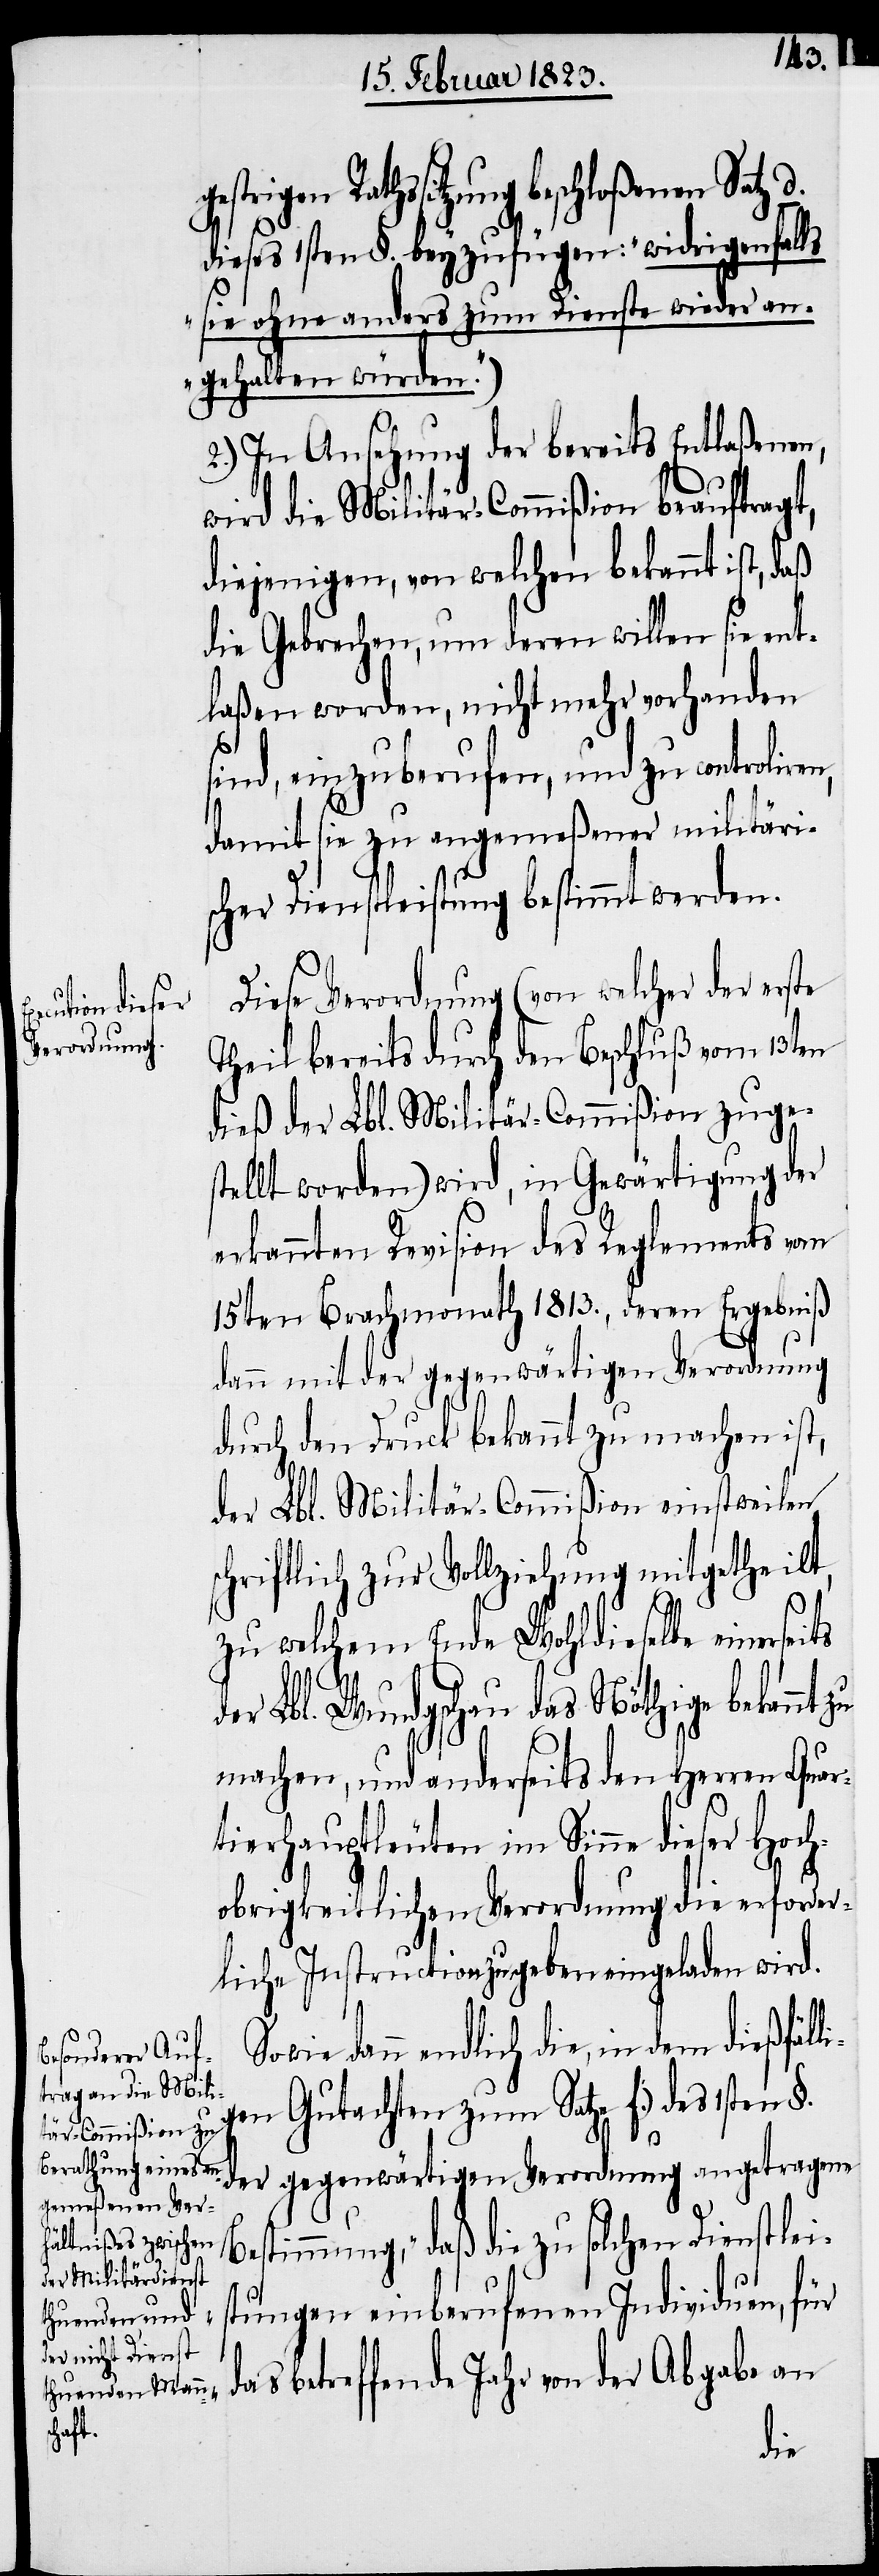
ssitzung beschloßenen Satz
dieses 1sten §. beyzufügen: „widrigenfalls
sie ohne anders zum Dienste wieder an¬
gehalten würden.“)
2.) In Ansehung der bereits Entlaßenen,
wird die Militär-Commißion beauftragt,
diejenigen, von welchen bekannt ist, daß
die Gebrechen, um deren willen sie ent¬
laßen worden, nicht mehr vorhanden
sind, einzuberufen, und zu controliren,
damit sie zu angemeßener militäri¬
scher Dienstleistung bestimmt werden.
Diese Verordnung (von welcher der erste
Theil bereits durch den Beschluß vom 13ten
dieß der Lbl. Militär-Commißion zuges¬
tellt worden) wird, in Gewärtigung der
erkannten Revision des Reglements vom
15ten Brachmonath 1813., deren Ergebniß
dann mit der gegenwärtigen Verordnung
durch den Druck bekannt zu machen ist,
der Lbl. Militär-Commißion einstweilen
schriftlich zur Vollziehung mitgetheilt,
d¬
zu welchem Ende Wohldieselbe einerseits
der Lbl. Wundgschau das Nöthige bekannt zu
machen, und anderseits den Herren Quar¬
tierhauptleuten im Sinne dieser Hoch¬
obrigkeitlichen Verordnung die erforder¬
liche Instruction zu geben eingeladen wird.
dann endlich die, in dem dießfäl¬
gen Gutachten zum Satze f.) des 1sten §.
der gegenwärtigen Verordnung angetragene
estimmung, „daß die zu solchen Dienstlei¬
stungen einberufenen Individuen, für
as betreffende Jahr von der Abgabe an
li¬